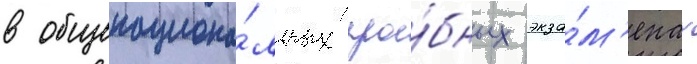
в общенациона́льных про́бных экза́м'енах